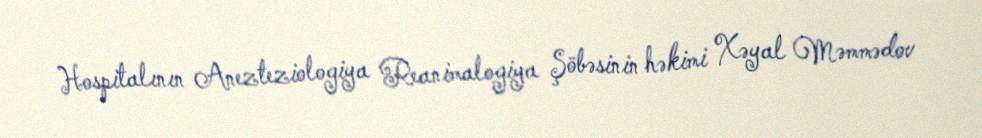
Hospitalının Anezteziologiya Reanimalogiya Şöbəsinin həkimi Xəyal Məmmədov